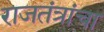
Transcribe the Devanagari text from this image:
राजतंत्रांचा